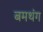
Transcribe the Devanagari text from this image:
बमथंग